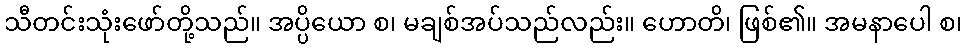
သီတင်းသုံးဖော်တို့သည်။ အပ္ပိယော စ၊ မချစ်အပ်သည်လည်း။ ဟောတိ၊ ဖြစ်၏။ အမနာပေါ စ၊